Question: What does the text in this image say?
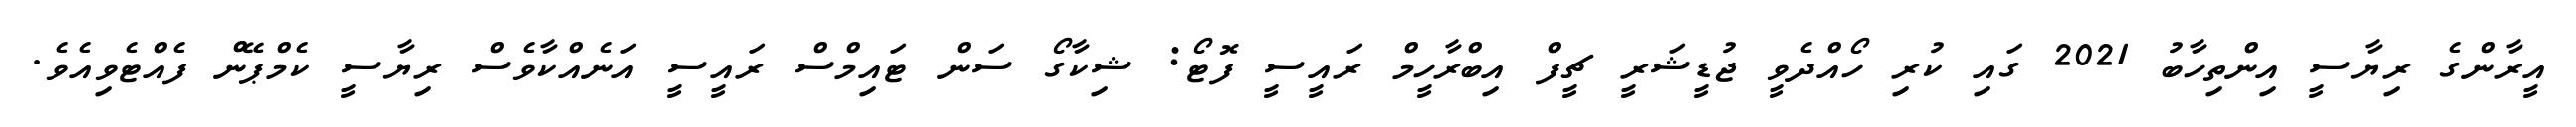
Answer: އީރާންގެ ރިޔާސީ އިންތިހާބު 2021 ގައި ކުރި ހޯއްދެވީ ޖުޑީޝަރީ ޗީފް އިބްރާހީމް ރައީސީ ފޮޓޯ: ޝިކާގޯ ސަން ޓައިމްސް ރައީސީ އަނެއްކާވެސް ރިޔާސީ ކެމްޕޭން ފެއްޓެވިއެވެ.